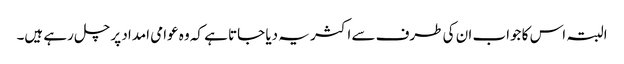
البتہ اس کا جواب ان کی طرف سے اکثر یہ دیا جاتا ہے کہ وہ عوامی امداد پر چل رہے ہیں۔